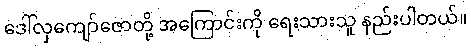
ဒေါ်လှကျော်ဇောတို့ အကြောင်းကို ရေးသားသူ နည်းပါတယ်။